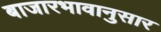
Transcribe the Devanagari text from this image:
बाजारभावानुसार